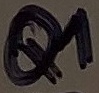
Text: Q1